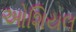
ઓશિયલ